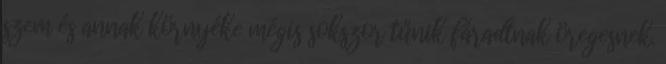
szem és annak környéke mégis sokszor tűnik fáradtnak öregesnek.